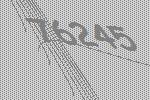
76245